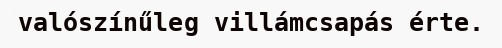
valószínűleg villámcsapás érte.